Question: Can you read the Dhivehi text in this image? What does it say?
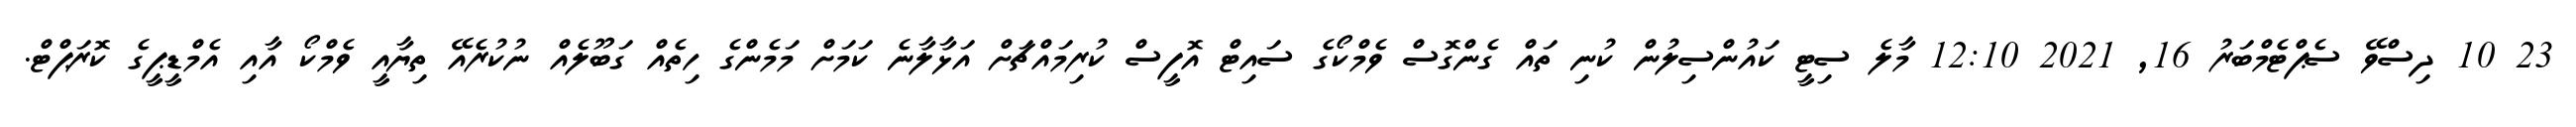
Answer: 23 10 ދިސްވޭ ސެޕްޓެމްބަރު 16, 2021 12:10 މާލެ ސިޓީ ކައުންސިލުން ކުނި ތައް ގެންގޮސް ވެމްކޯގެ ސައިޓް އޮފީސް ކުރިމައްޗަށް އަޅާލާނެ ކަމަށް މަމެންގެ ހިތެއް ގަބޫލެއް ނުކުރެއޭ ތިޔާއީ ވެމްކޯ އާއި އެމްޑީޕީގެ ކޮރަޕްޓް.